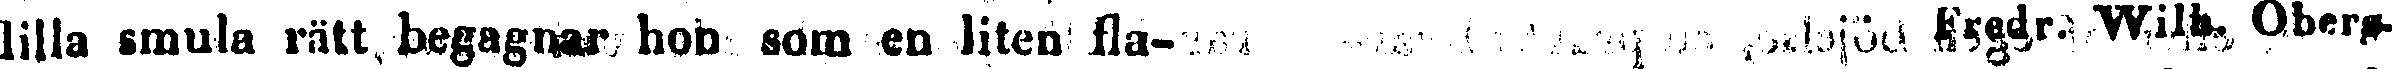
lilla smula rätt begagnar hon som en liten fla- fredr. Wilh. Obers-